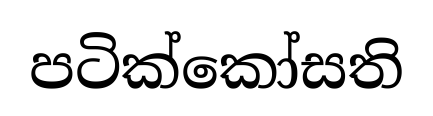
පටික්කෝසති